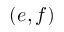
( e , f )